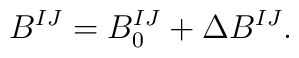
B^{IJ} = B^{IJ}_0 + \Delta B^{IJ}.